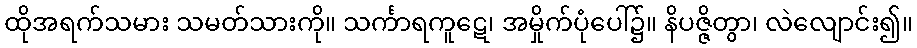
ထိုအရက်သမား သမတ်သားကို။ သင်္ကာရကူဋေ၊ အမှိုက်ပုံပေါ်၌။ နိပဇ္ဇိတွာ၊ လဲလျောင်း၍။